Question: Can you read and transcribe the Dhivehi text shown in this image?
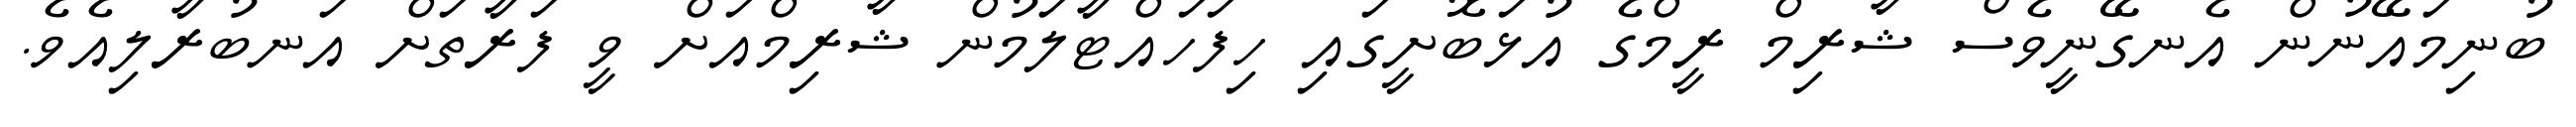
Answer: ބުނިމައޭނުން އެނގޭނީވެސް ޝާރިމް ރީމްގެ އުޅަބޮށީގައި ހިފަހައްޓާލަމުން ޝާރިމްއަށް ވީ ފަރާތަށް އަނބުރާލިއެވެ.